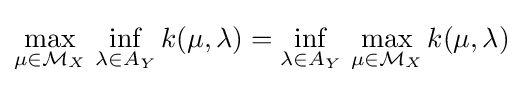
\max _{\mu \in {\mathcal {M}}_{X}}\,\inf _{\lambda \in A_{Y}}k(\mu ,\lambda )=\inf _{\lambda \in A_{Y}}\,\max _{\mu \in {\mathcal {M}}_{X}}k(\mu ,\lambda )